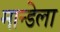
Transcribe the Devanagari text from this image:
मान्डेला